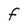
Character: F